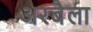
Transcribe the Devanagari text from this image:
अरबैला